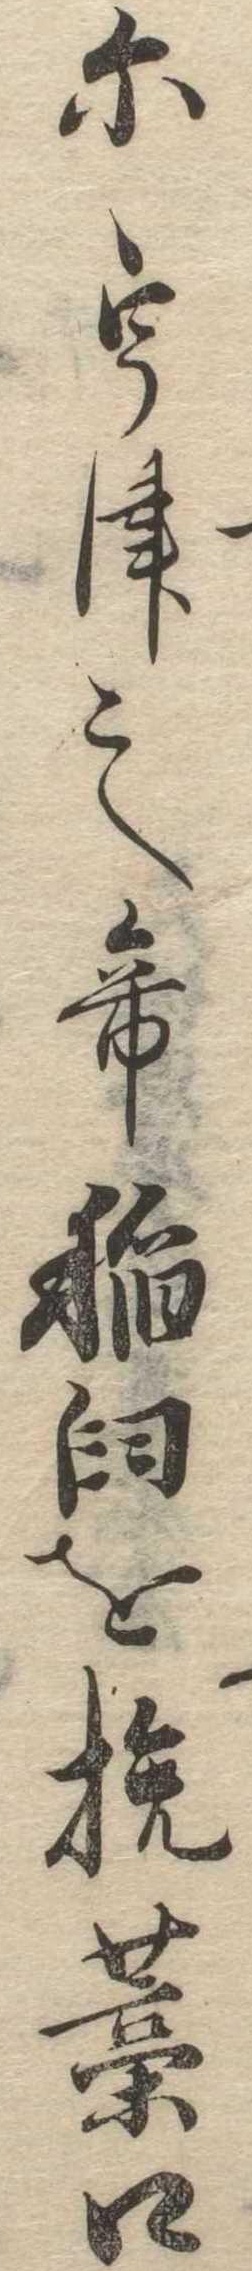
にうつして稲臼を挽藁口